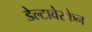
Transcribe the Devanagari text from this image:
डेल्टावेरकेन